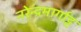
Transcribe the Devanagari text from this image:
नरेन्द्रमार्गाट्ट